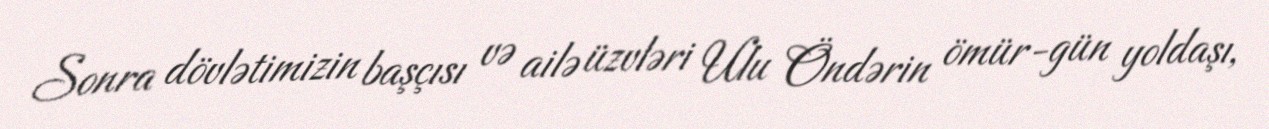
Sonra dövlətimizin başçısı və ailə üzvləri Ulu Öndərin ömür-gün yoldaşı,